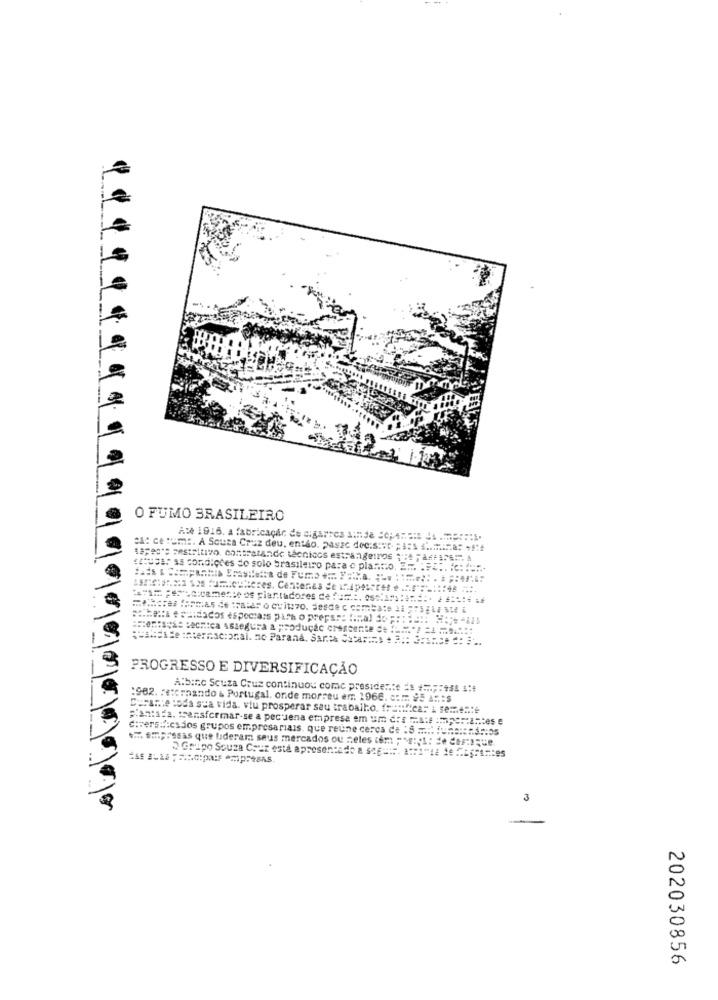
O FUMO BRASILEIRO
A: 1916. a fabricação de cigarros ainda =CHATEIA JA .P ....
CA: cerume. A Souza Cruz deu, então. passe dee:s:#t- ; A:s .. mina: -!!
tapes" sestritivo contratande técnicos estrangeiros
:Usa: as condições do solo brasileiro para e plasto.
==== pas c:camente os plantadores de ====. ....::==== ==== =
======== tecnica Assegura a produção crescente de :""} =Am9.
punkth de chternacional. no Paraná, Saras Sacar :... . :: 3:ance : ..
PROGRESSO E DIVERSIFICAÇÃO
Albino Scuza Cruz continuou come presidente ** **.;: +44 :
:982. retornando & Portugal, onde morreu em: 1968. com. 95 AS:S
Durante toda sua vida. viu prosperar seu traballo. fran!ica: A semente
Fiantsfa. transformar-se a pectena empresa em um dos Mais Importantes
diversitesdos grupos empresariais, que reúne cerca de : S :::: una :: adios
* empresas que lideram saus mercados ou eles tem: p:p1: de Cor:)que.
Gripo Souza Coraz esta apresentado a seguir. atra"ta de Migrantes
3
202030856